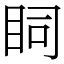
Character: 𥄶